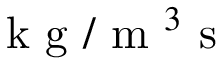
\mathrm { ~ k ~ g ~ } / \mathrm { ~ m ~ } ^ { 3 } \mathrm { ~ s ~ }